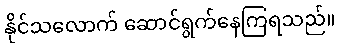
နိုင်သလောက် ဆောင်ရွက်နေကြရသည်။